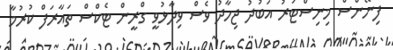
ފިނޭންސް މިނިސްޓަރު އަބުދު ޖިހާދު ވެސް ވިދާޅުވީ ގްރީން ޓެކްސް ތައާރަފް ކުރުމާ